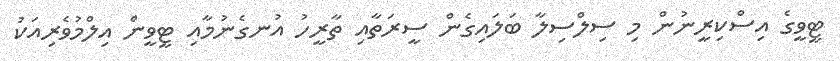
ޓީވީގެ އިސްކިރީނުން މި ސިލްސިލާ ބަލައިގެން ސީރަތާއި ތާރީހު އުނގެނުމާއި ޓީވީން އިލްމުވެރިއަކު